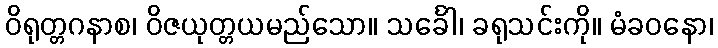
ဝိရုတ္တဂနာစ၊ ဝိဇယုတ္တယမည်သော။ သင်္ခေါ၊ ခရုသင်းကို။ မံခဝနော၊